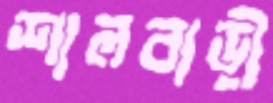
শালবাড়ী